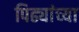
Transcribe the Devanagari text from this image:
पिढ्यांच्‍या